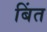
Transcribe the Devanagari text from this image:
बिंत